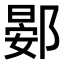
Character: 𫑦